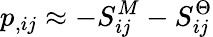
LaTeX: p_{,ij}\approx-S_{ij}^{M}-S_{ij}^{\Theta}